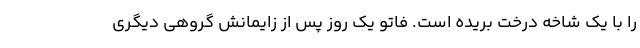
را با یک شاخه درخت بریده است. فاتو یک روز پس از زایمانش گروهی دیگری